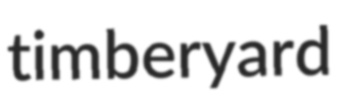
timberyard